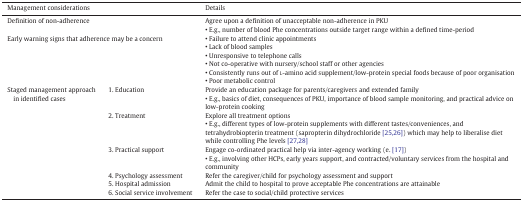
| <COLSPAN=2> Management considerations | Details |
 | --- | --- | --- |
 | <COLSPAN=2> Definition of non-adherence | Agree upon a definition of unacceptable non-adherence in PKU• E.g., number of blood Phe concentrations outside target range within a defined time-period |
 | <COLSPAN=2> Early warning signs that adherence may be a concern | • Failure to attend clinic appointments• Lack of blood samples• Unresponsive to telephone calls• Not co-operative with nursery/school staff or other agencies• Consistently runs out of l-amino acid supplement/low-protein special foods because of poor organisation• Poor metabolic control |
 | <ROWSPAN=6> Staged management approach in identified cases | 1. Education | Provide an education package for parents/caregivers and extended family• E.g., basics of diet, consequences of PKU, importance of blood sample monitoring, and practical advice on low-protein cooking |
 | 2. Treatment | Explore all treatment options• E.g., different types of low-protein supplements with different tastes/conveniences, and tetrahydrobiopterin treatment (sapropterin dihydrochloride [25], [26]) which may help to liberalise diet while controlling Phe levels [27], [28] |
 | 3. Practical support | Engage co-ordinated practical help via inter-agency working (e. [17])• E.g., involving other HCPs, early years support, and contracted/voluntary services from the hospital and community |
 | 4. Psychology assessment | Refer the caregiver/child for psychology assessment and support |
 | 5. Hospital admission | Admit the child to hospital to prove acceptable Phe concentrations are attainable |
 | 6. Social service involvement | Refer the case to social/child protective services |